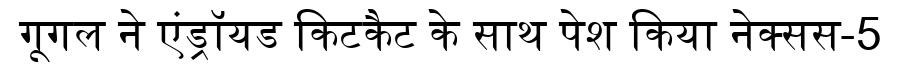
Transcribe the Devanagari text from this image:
गूगल ने एंड्रॉयड किटकैट के साथ पेश किया नेक्सस-5